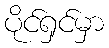
ပိုင်ရှင်မှာ